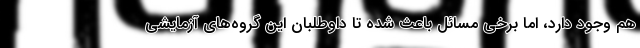
هم وجود دارد، اما برخی مسائل باعث شده تا داوطلبان این گروه‌های آزمایشی